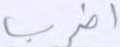
اضرب